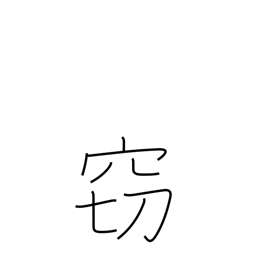
Meaning: hushed